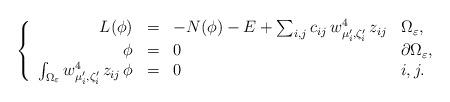
LaTeX: \begin{align*}\left\{\begin{array}{rlll}L(\phi)&=&-N(\phi)-E+\sum_{i,j}c_{ij}\,w_{\mu_i^{\prime},\zeta_i^{\prime}}^4\,z_{ij}& \Omega_\varepsilon,\\\phi&=&0&\partial\Omega_\varepsilon,\\\int_{\Omega_\varepsilon}w_{\mu_i^{\prime},\zeta_i^{\prime}}^4\,z_{ij}\,\phi&=&0&i,j.\end{array}\right.\end{align*}